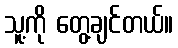
သူ့ကို တွေ့ချင်တယ်။